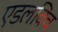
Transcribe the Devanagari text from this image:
एडलविच